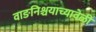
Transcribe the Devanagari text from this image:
वाङनिश्चयाच्यावेळी